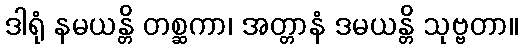
ဒါရုံ နမယန္တိ တစ္ဆကာ၊ အတ္တာနံ ဒမယန္တိ သုဗ္ဗတာ။